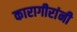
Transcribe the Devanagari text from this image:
कारागीरांनी